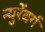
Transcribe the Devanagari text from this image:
न्युरेंबर्ग